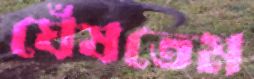
ঘেঁষতেম